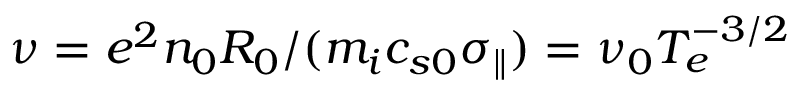
\nu = e ^ { 2 } n _ { 0 } R _ { 0 } / ( m _ { i } c _ { s 0 } \sigma _ { \parallel } ) = \nu _ { 0 } T _ { e } ^ { - 3 / 2 }